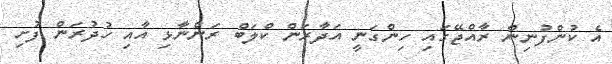
އެ ކުންފުނިން ރާއްޖޭގައި ހިންގަނީ އަދާރަން ކްލަބް ރަންނާޅި އާއި ހުދުރަން ފުށި